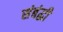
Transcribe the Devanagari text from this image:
संबंद्घी